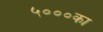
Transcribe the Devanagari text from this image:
५०००का